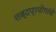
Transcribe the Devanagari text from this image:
शब्दप्रयोगांचे